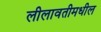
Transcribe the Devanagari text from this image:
लीलावतीमधील